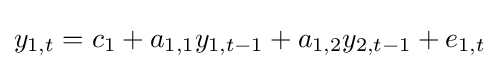
y_{1,t}=c_{1}+a_{1,1}y_{1,t-1}+a_{1,2}y_{2,t-1}+e_{1,t}